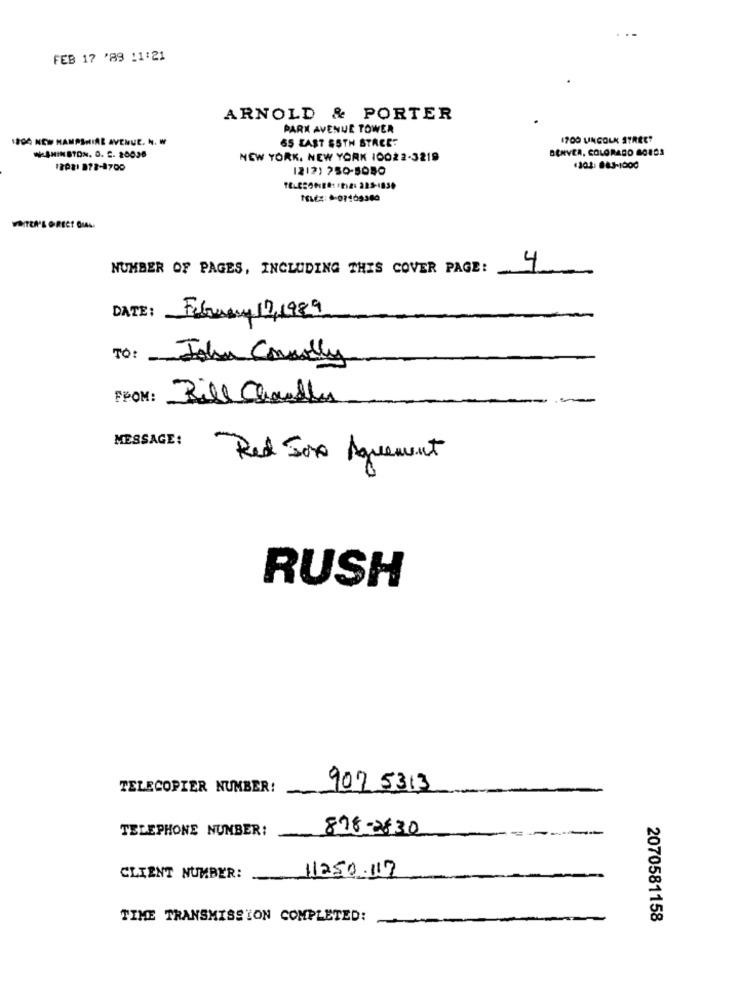
FEB 17 '89 11:21
ARNOLD & PORTER
PARK AVENUE TOWER
1800 NEW HAMPSHIRE AVENUE. N. W
65 ZAST SSTH STACET
1700 UNGOLK STREET
DENVER, COLORADO BORDS
MINSTON. O. C. 20036
NEW YORK, NEW YORK 10022-3219
12081 978-4700
1212) 750-5080
1302: 883-1000
VATEN'L OREET AL.
NUMBER OF PAGES, INCLUDING THIS COVER PAGE:
4
DATE:
February 12,1989
TO:
John Connolly
FROM:
Bill Chandler
MESSAGE:
Red Sox Agreement
RUSH
TELECOPIER NUMBER!
907 5313
TELEPHONE NUMBER:
878-2830
11250.112
CLIENT NUMBER:
TIME TRANSMISSION COMPLETED:
2070581158